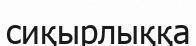
сиқырлыққа